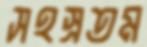
সহস্রতম